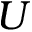
U